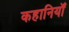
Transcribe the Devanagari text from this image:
कहानियॉं